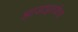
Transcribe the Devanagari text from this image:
झाडाइतकेच